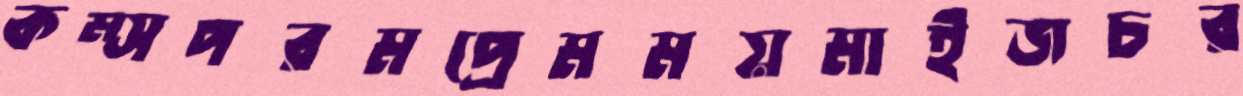
কম্সপরমপ্রেমময়মাইজচর